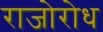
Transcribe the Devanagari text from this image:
राजोरोध